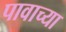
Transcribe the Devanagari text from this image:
पावाच्या